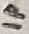
Text: IP